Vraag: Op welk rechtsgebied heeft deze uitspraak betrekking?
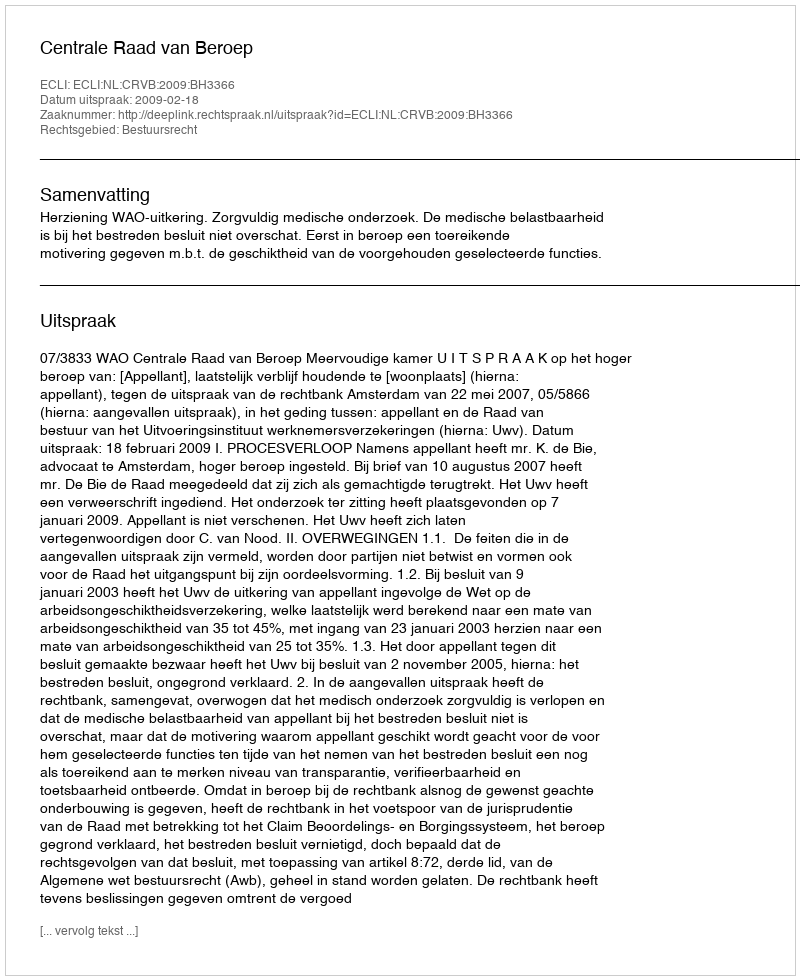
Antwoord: Bestuursrecht